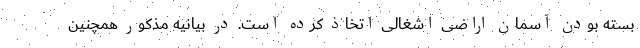
بسته بودن آسمان اراضی اشغالی اتخاذ کرده است. در بیانیه مذکور همچنین